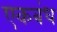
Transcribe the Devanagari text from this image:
एकबंध